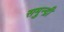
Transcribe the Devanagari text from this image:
समुन्द्री